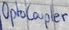
Text: OptoCoupler